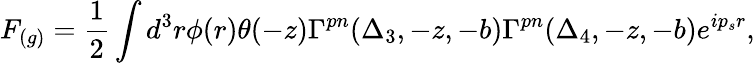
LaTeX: F_{(g)}={\frac{1}{2}}\int d^{3}r\phi(r)\theta(-z)\Gamma^{pn}(\Delta_{3},-z,-b)\Gamma^{pn}(\Delta_{4},-z,-b)e^{ip_{s}r},